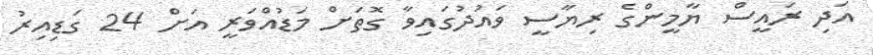
އަދި ރައީސް ޔާމީންގެ ރިޔާސީ ވައުދުގައިވާ ގޮތަށް މަޑުއްވަރީ އަށް 24 ގަޑިއިރު